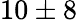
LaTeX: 10\pm 8